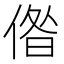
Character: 偺